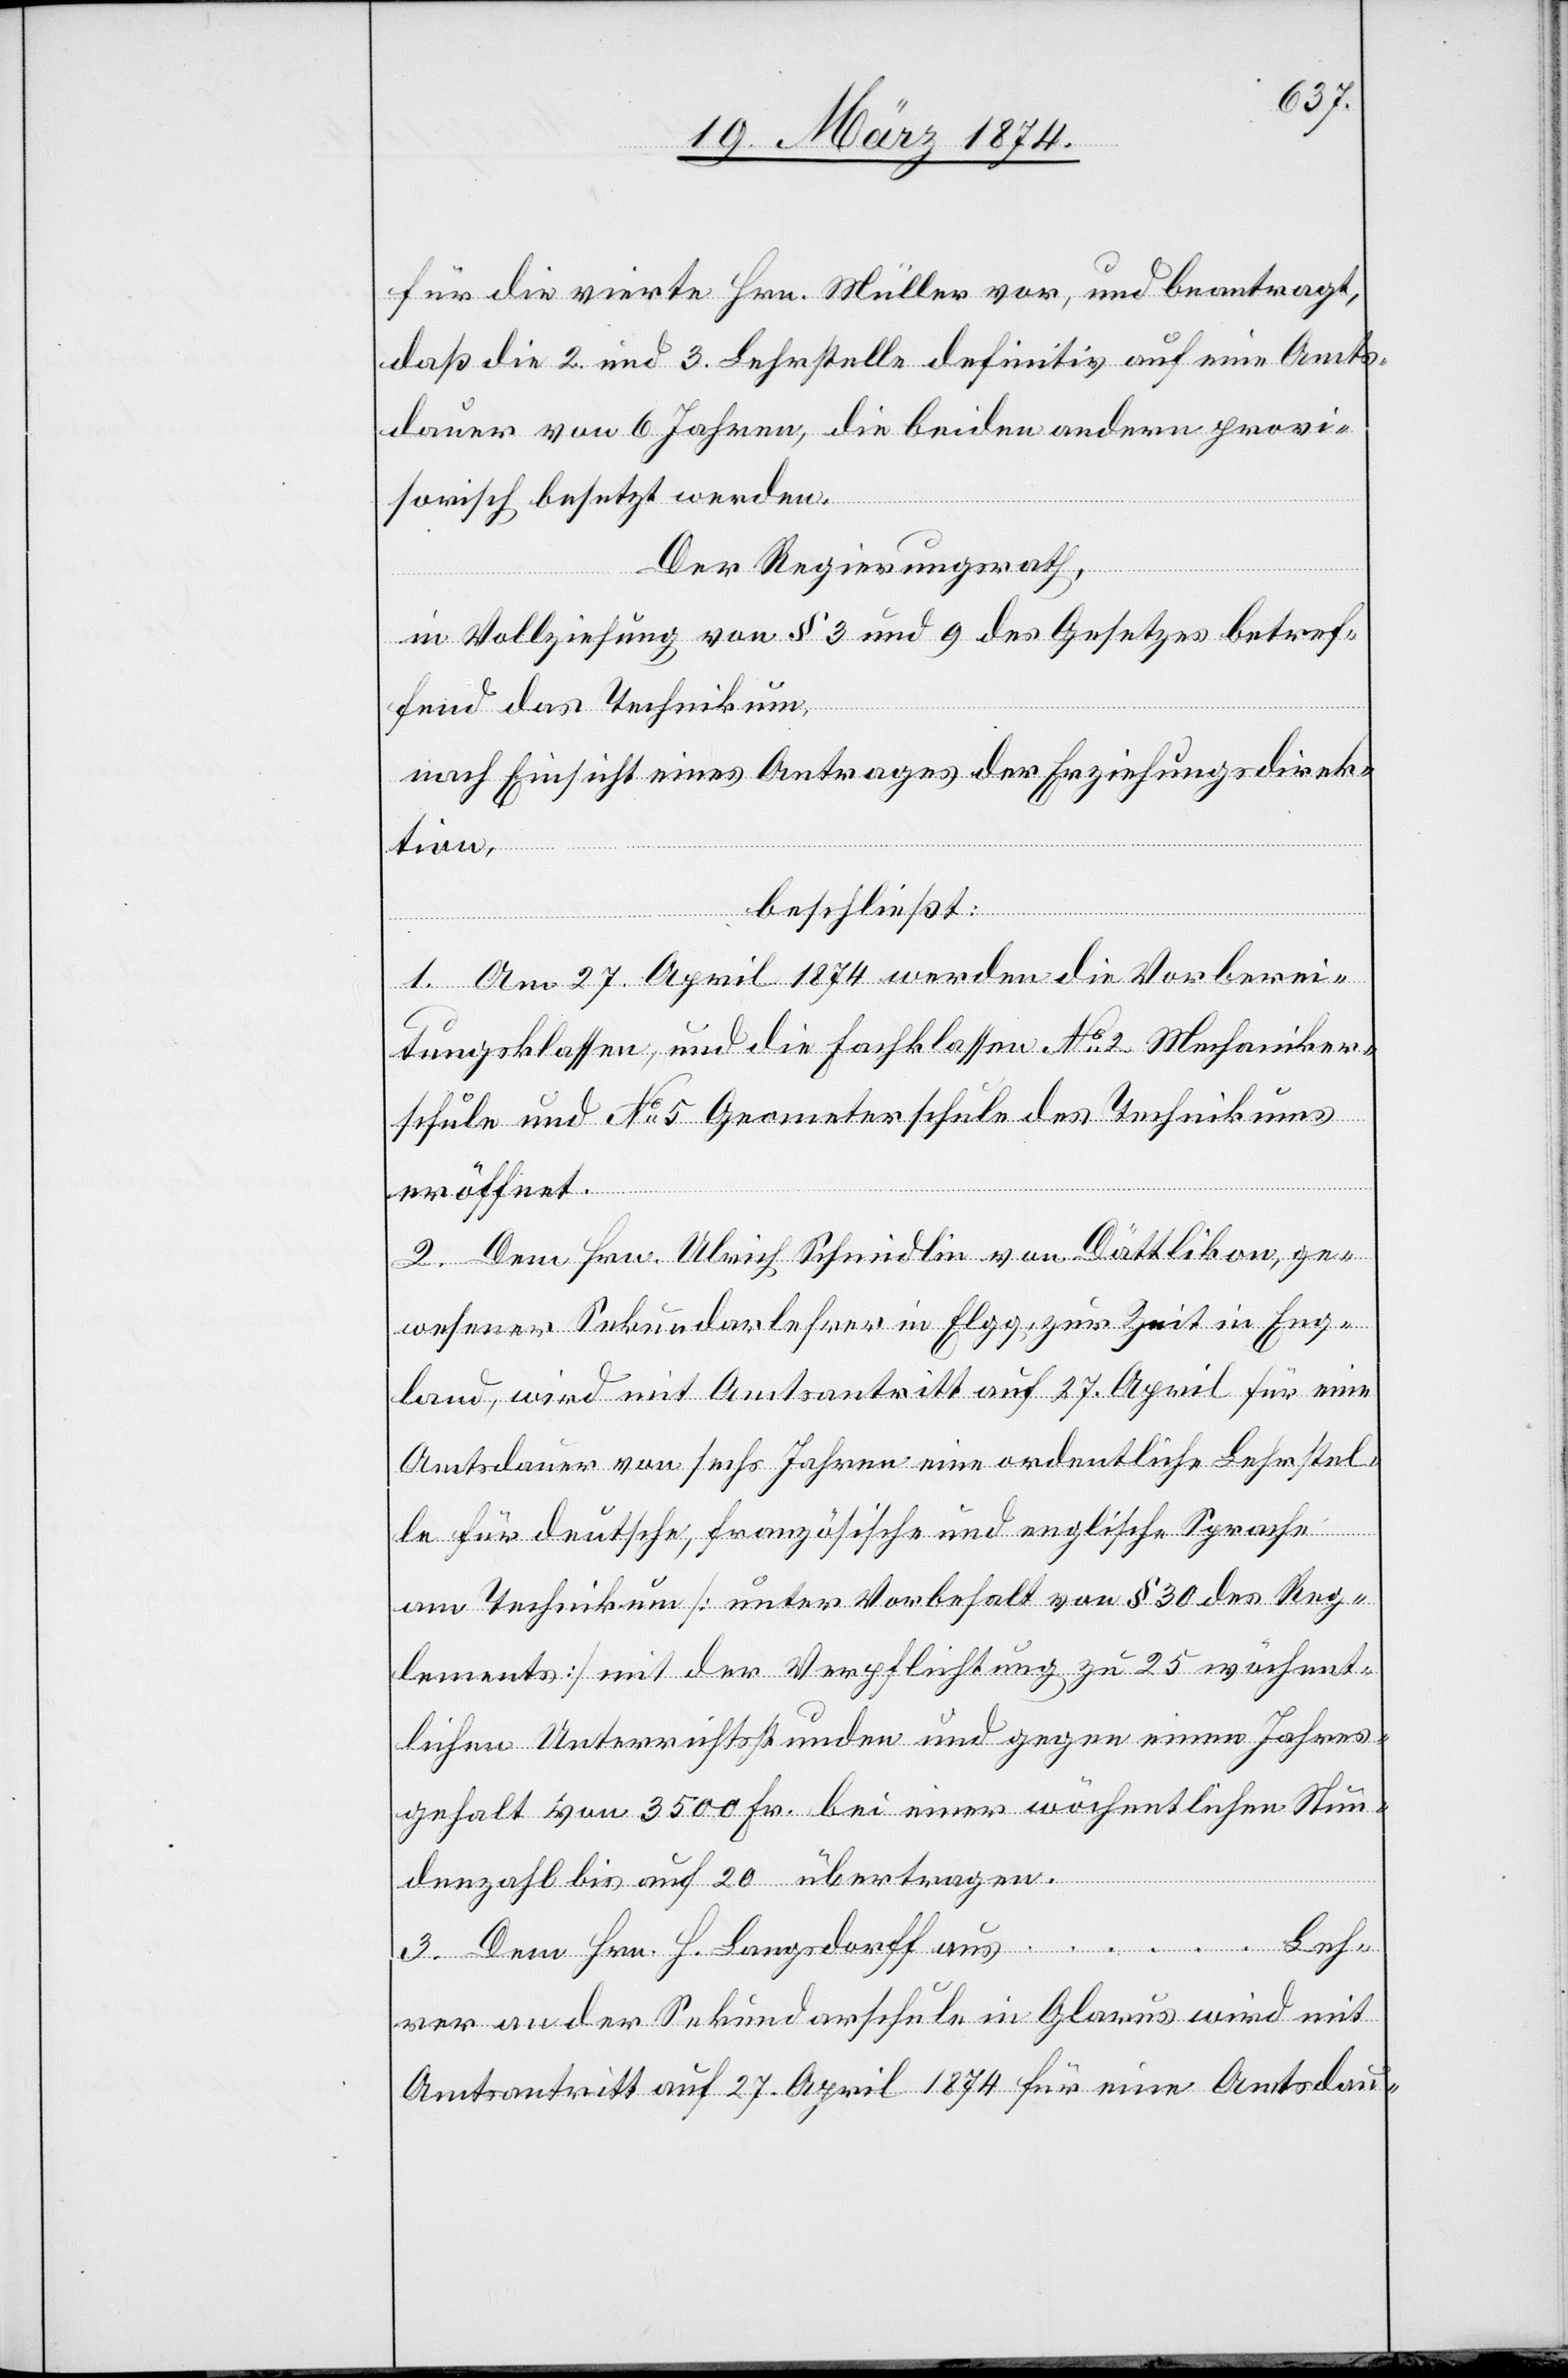
für die vierte Hrn. Müller vor, und beantragt,
daß die 2. und 3. Lehrstelle definitiv auf eine Amts¬
dauer von 6 Jahren, die beiden andern provi¬
sorisch besetzt werden.
Der Regierungsrath,
in Vollziehung von § 3 und 9 des Gesetzes betref¬
fend das Technikum,
nach Einsicht eines Antrages der Erziehungsdirek¬
tion,
beschließt:
1. Am 27. April 1874 werden die Vorberei¬
tungsklassen, und die Fachklassen No 2 Mechaniker¬
schule und No 5 Geometerschule des Technikums
eröffnet.
2. Dem Hrn. Ulrich Schmidlin von Dättlikon, ge¬
wesener Sekundarlehrer in Elgg, zur Zeit in Eng¬
land, wird mit Amtsantritt auf 27. April für eine
Amtsdauer von sechs Jahren eine ordentliche Lehrstel¬
le für deutsche, französische und englische Sprache
am Technikum [unter Vorbehalt von § 30 des Reg¬
lements] mit der Verpflichtung zu 25 wöchent¬
lichen Unterrichtsstunden und gegen einen Jahres¬
gehalt von 3500 Fr. bei einer wöchentlichen Stun¬
denzahl bis auf 20 übertragen.
3. Dem Hrn. H. Langsdorff aus … Leh¬
rer an der Sekundarschule in Glarus wird mit
Amtsantritt auf 27. April für eine Amtsdau-